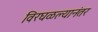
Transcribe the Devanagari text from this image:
विरघळल्यानंतर